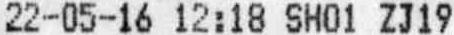
22-05-16 12:18 SH01 ZJ19